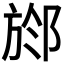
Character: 𣃶